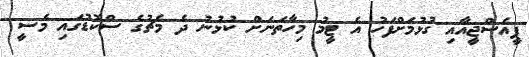
ޕީއެސްޖީއާއި ގުޅުމަށްފަހު އެ ޓީމު މިހާތަނަށް ކުޅުނު ދެ މެޗުގެ ސްކޮޑުގައި މެސީ